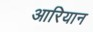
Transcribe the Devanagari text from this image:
आरियान